Vaccination in the Punjab 1919-1929 - 1919-1929
Year: 1919
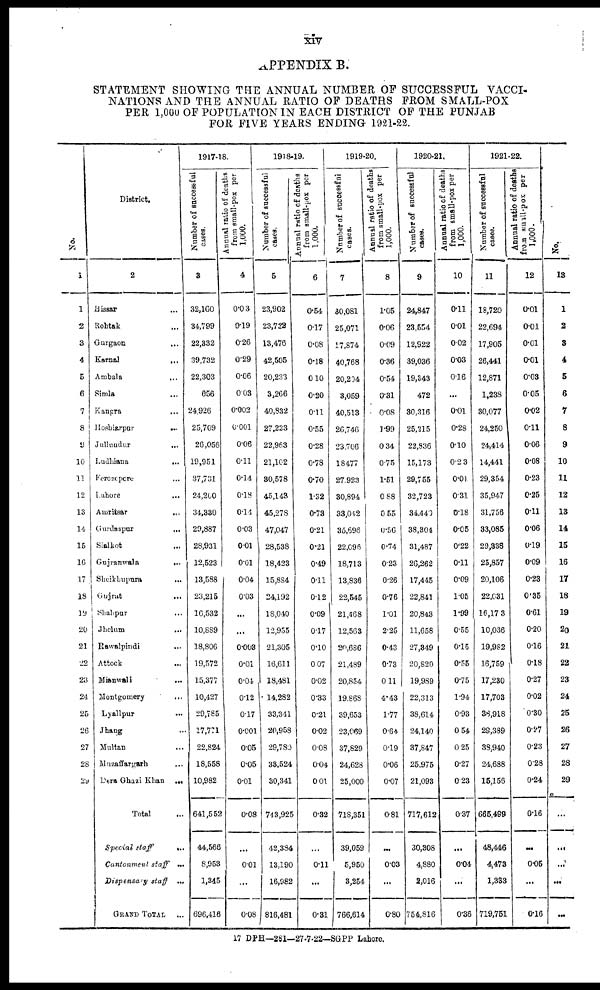
xiv
APPENDIX B.
STATEMENT SHOWING THE ANNUAL NUMBER OF SUCCESSFUL VACCI-
NATIONS AND THE ANNUAL RATIO OF DEATHS FROM SMALL-POX
PER 1,000 OF POPULATION IN EACH DISTRICT OF THE PUNJAB
FOR FIVE YEARS ENDING 1921-22.
No.
1
1
2
3
4
5
6
7
8
9
10
11
12
13
14
15
16
17
18
19
20
21
22
23
24
25
26
27
28
29
District.
2
Hissar ...
Rohtak ...
Gurgaon ...
Karnal
...
Ambala ...
Simla ...
Kangra
...
Hoshiarpur
...
Jallandar ...
Ludhiana
...
Ferezepore ...
Lahore ...
Amritsar
...
Gurdaspur
...
Sialkot ...
Gujranwala
...
Sheikhupura
...
Gujrat ...
Shahpur ...
Jhelum ...
Rawalpindi
...
Attock ...
Mianwali ...
Montgomery ...
Lyallpur ...
Jhang ...
Multan ...
Muzaffargarh ...
Dera Ghazi Khan
...
Total ...
Special staff
...
Cantonment staff ...
Dispensary staff ...
GRAND TOTAL ...
1917-18.
Number of successful
cases.
3
32,160
34,799
22,332
39,732
22,303
656
24,926
25,709
26,056
19,951
37,731
24,200
34,330
29,887
28,931
12,523
13,588
23,215
16,532
10,889
18,806
19,572
15,377
10,427
29,785
17,771
22,824
18,558
10,982
641,552
44,566
8,953
1,345
696,418
A nnual ratio of deaths
from small-pox per
1,000.
4
0.03
0.19
0.26
0.29
0.06
0.03
0.002
0.001
0.06
0.11
0.14
0.18
0.14
0.03
0.01
0.01
0.04
0.03
...
...
0.03
0.01
0.04
0.12
0.17
0.001
0.05
0.05
0.01
0.08
...
0.01
...
0.08
1918-19.
Number of successful
cases.
5
23,902
23,722
13,476
42,505
20,233
3,266
40,832
27,223
22,963
21,102
30,578
45,143
45,278
47,047
28,538
18,423
15,884
24,192
18,040
12,955
21,305
16,611
18,481
14,282
33,341
20,958
29,780
33,524
30,341
743,925
42,334
13,190
16,982
816,481
Annual ratio of deaths
from small-pox per
1,000.
6
0.54
0.17
0.08
0.18
0 10
0.20
0.11
0.55
0.28
0.78
0.70
1.32
0.73
0.21
0.21
0.49
0.11
0.12
0.09
0.17
0.10
0.07
0.02
0.33
0.21
0.02
0.08
0.04
0.01
0.32
...
0.11
...
0.31
1919-20.
Number of successful
cases.
7
30,081
25,071
17,874
40,768
20,204
3,059
40,513
26,746
23,706
18,477
27,923
80,894
33,042
35,696
22,096
18,713
13,836
22,545
21,408
12,563
20,686
21,439
20,854
19,868
39,653
23,069
37,829
24,628
25,000
718,351
39,059
5,950
3,254
766,614
Annual ratio of deaths
from small-pox per
1,000.
8
1.05
0.06
0.09
0.36
0.54
0.31
0.08
1.99
0.34
0.75
1.51
0.88
0.55
0.56
0.74
0.23
0.26
0.76
1.01
2.25
0.43
0.73
0.11
4.43
1.77
0.64
0.19
0.06
0.07
0.81
...
0.03
...
0.80
1920-21.
Number of successful
cases.
9
24,847
23,554
12,922
39,036
19,343
472
30,316
25,215
22,836
15,173
29,755
32,723
34,440
38,304
31,487
26,262
17,445
22,841
20,843
11,658
27,349
20,820
19,989
22,313
38,614
24,140
37,847
25,975
21,093
717,612
30,308
4,880
2,016
754,816
Annual ratio of deaths
from small-pox per
1,000.
10
0.11
0.01
0.02
0.03
0.16
...
0.01
0.28
0.10
0.23
0.01
0.31
0.18
0.05
0.22
0.11
0.09
1.05
1.99
0.55
0.15
0.56
0.75
1.94
0.93
0.54
0.25
0.27
0.23
0.37
...
0.04
...
0.36
1921-22.
Number of successful
cases.
11
18,720
22,694
17,905
26,441
12,871
1,238
30,077
24,250
24,414
14,441
29,354
35,947
31,756
33,085
29,338
25,857
20,106
22,031
16,173
10,036
19,982
16,759
17,230
17,703
38,918
29,389
38,940
24,688
15,156
665,489
48,446
4,473
1,333
719,751
Annual ratio of deaths
from small-pox per
1,000.
12
0.01
0.01
0.01
0.01
0.03
0.05
0.02
0.11
0.06
0.08
0.23
0.25
0.11
0.06
0.19
0.09
0.23
0.35
0.61
0.20
0.16
0.18
0.27
0.02
0.30
0.27
0.23
0.28
0.24
0.16
...
0.05
...
0.16
No.
13
1
2
3
4
5
6
7
8
9
10
11
12
13
14
15
16
17
18
19
20
21
22
23
24
25
26
27
28
29
...
...
...
...
...
17 DPH—281—27-7-22—SGPP Lahore.